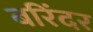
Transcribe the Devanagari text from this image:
बरिंदर